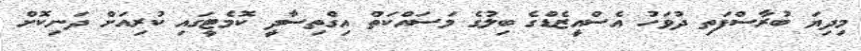
މިދިޔަ ބުރާސްފަތި ދުވަހު އެސްއީޒެޑްގެ ބިލުގެ މަސައްކަތް އިގްތިސާދީ ކޮމެޓީގައި ކުރިއަށް ދަނިކޮށް